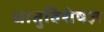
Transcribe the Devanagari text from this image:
धातुविशेषज्ञ